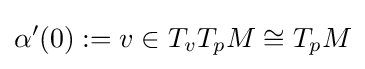
\alpha '(0):=v\in T_{v}T_{p}M\cong T_{p}M